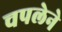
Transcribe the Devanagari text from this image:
चपलेने